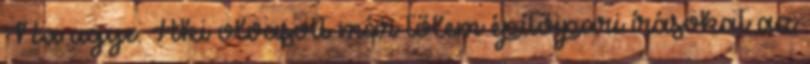
Na ugye. Aki olvasott már tőlem építőipari írásokat az